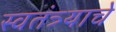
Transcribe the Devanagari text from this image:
स्वतंत्र्याचे